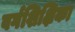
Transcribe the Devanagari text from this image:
वर्गशिक्षिका